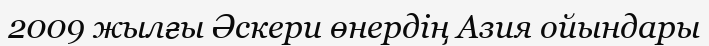
2009 жылғы Әскери өнердің Азия ойындары